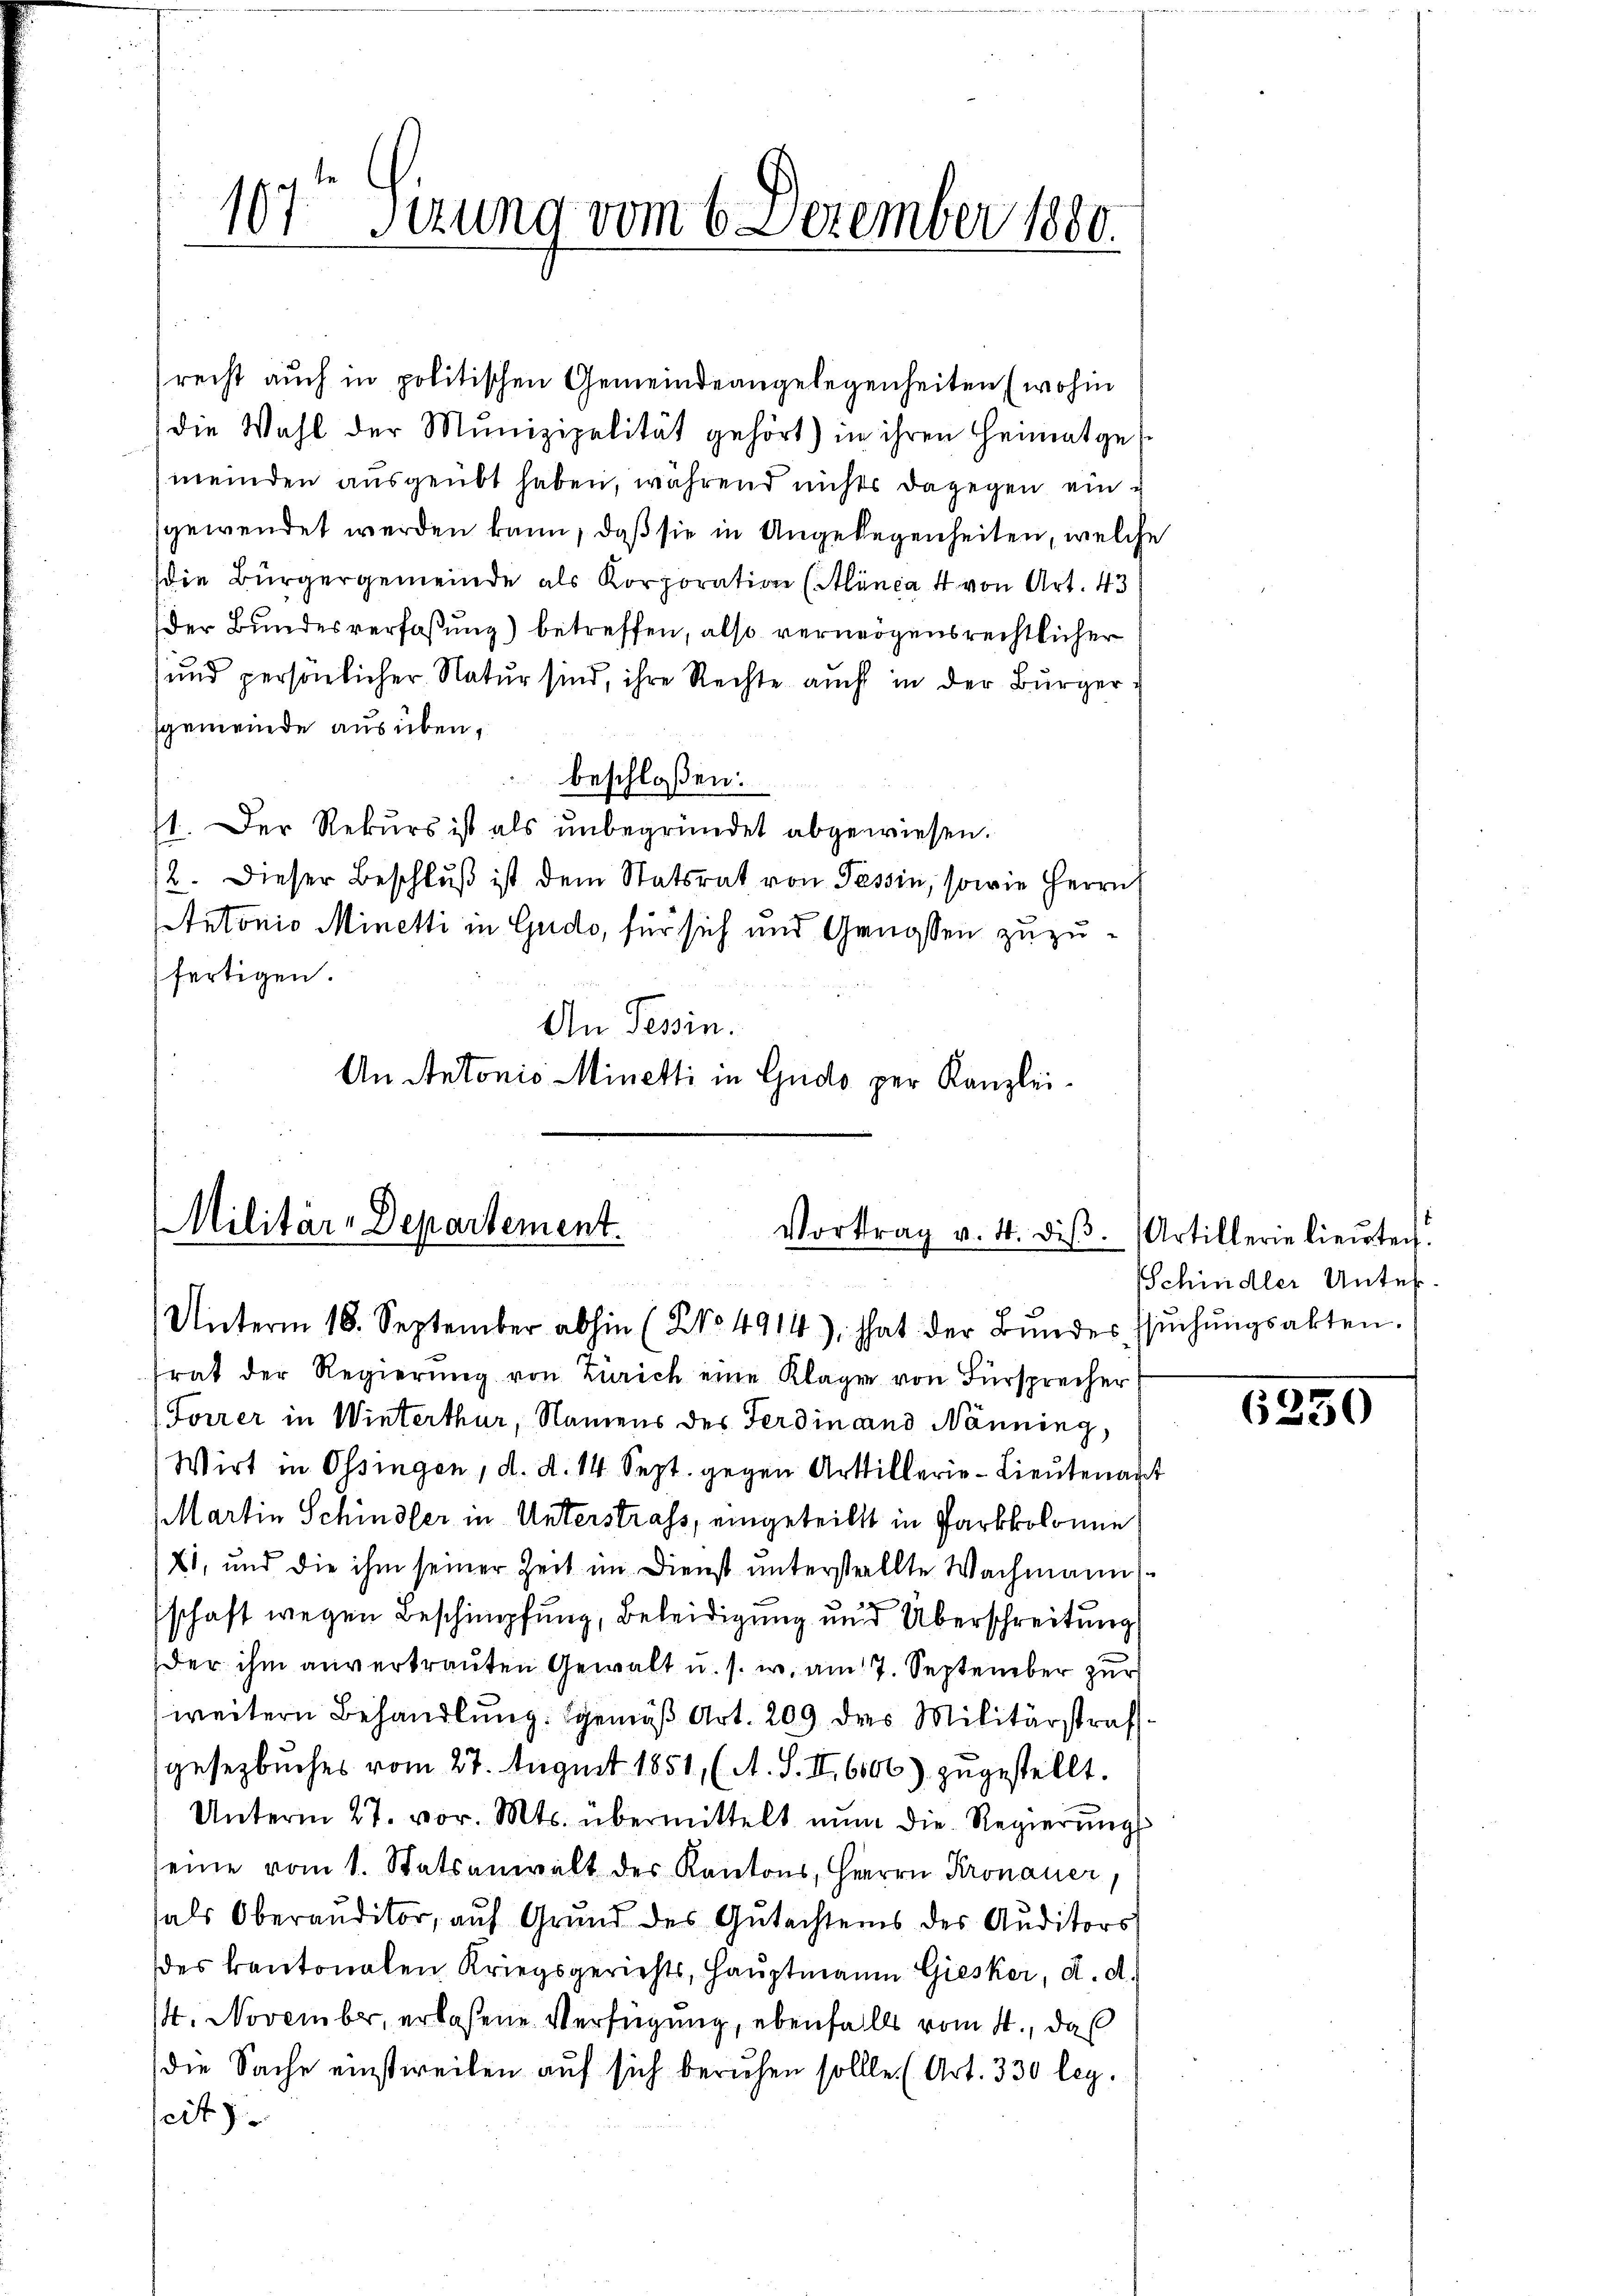
107 Sizung vom 6. Dezember 1880.

reist auch in politischen Gemeindeangelegenheiten (wohin
die Wahl der Munizipalität gehört) in ihren Heimatge
meinden ausgeübt haben, während nichts dagegen eingewendet werden kann, daß sie in Angelegenheiten, welche
die Bürgergemeinde als Korporation (Alanca 4 von Art. 43
der Bundesverfaßung) betreffen, also vermögensrechtlicher
und persönlicher Natŭr sind, ihre Rechte auch in der Bürger-
sgemeinde ausüben,
beschloßen:
st. Der Rekurs ist als unbegründet abgewiesen.
2. Dieser Beschluß ist dem Statsrat von Tessin, sowie Herrn
Antonio Minetti in Gudo, für sich und Genossen zuzufertigen.
An Tessin.
An Antonio Minetti in Gudo per Kanzlei-

Militär-Departement.
Vortrag v. 4. diβ.
u
Unterm 18. September abhin (NNo. 4914), hat der Bŭndes ssŭchŭngsakten.

trat der Regierŭng von Zürich eine Klagen von Fürsprecher
Forrer in Winterthur, Namens des Ferdinand Nänning,
Wirt in Ossingen, d. d. 14. Sept. gegen Artillerie-Lieutenant
Martin Schindler in Unterstrafs, eingeteilt in Parkkolonie
71, und die ihm seiner Zeit im Dienst unterstellte Wachmann
schaft wegen Beschimpfung, Beleidigung und Überschreitung
der ihm anvertrauten Gewalt u. s. w. am 7. September zur
weitern Behandlung gemäß Art. 209 des Militärstraf
gesezbuches vom 27. August 1851, (A. S. II 6106) zugestellt.
Unterm 27. vor. Mts. übermittelt nŭn die Regierŭngs
seine vom 1. Statsanwalt des Kantons, Herrn Kronauer,
als Oberauditor, auf Grund des Gutachtens des Auditors
des kantonalen Kriegsgerichts, Hauptmann Giesker, d. d.
14. November, erlaßene Verfügung, ebenfalls vom 4. da
s
die Sache einstweilen auf sich beruhen sollte. (Art. 330 leg.
eit)

Artillerie lieuten
Schindler Unter.

6250